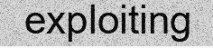
exploiting